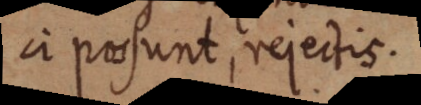
ci possunt, rejectis.